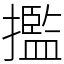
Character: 㩜